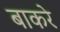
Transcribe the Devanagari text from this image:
बाकरे